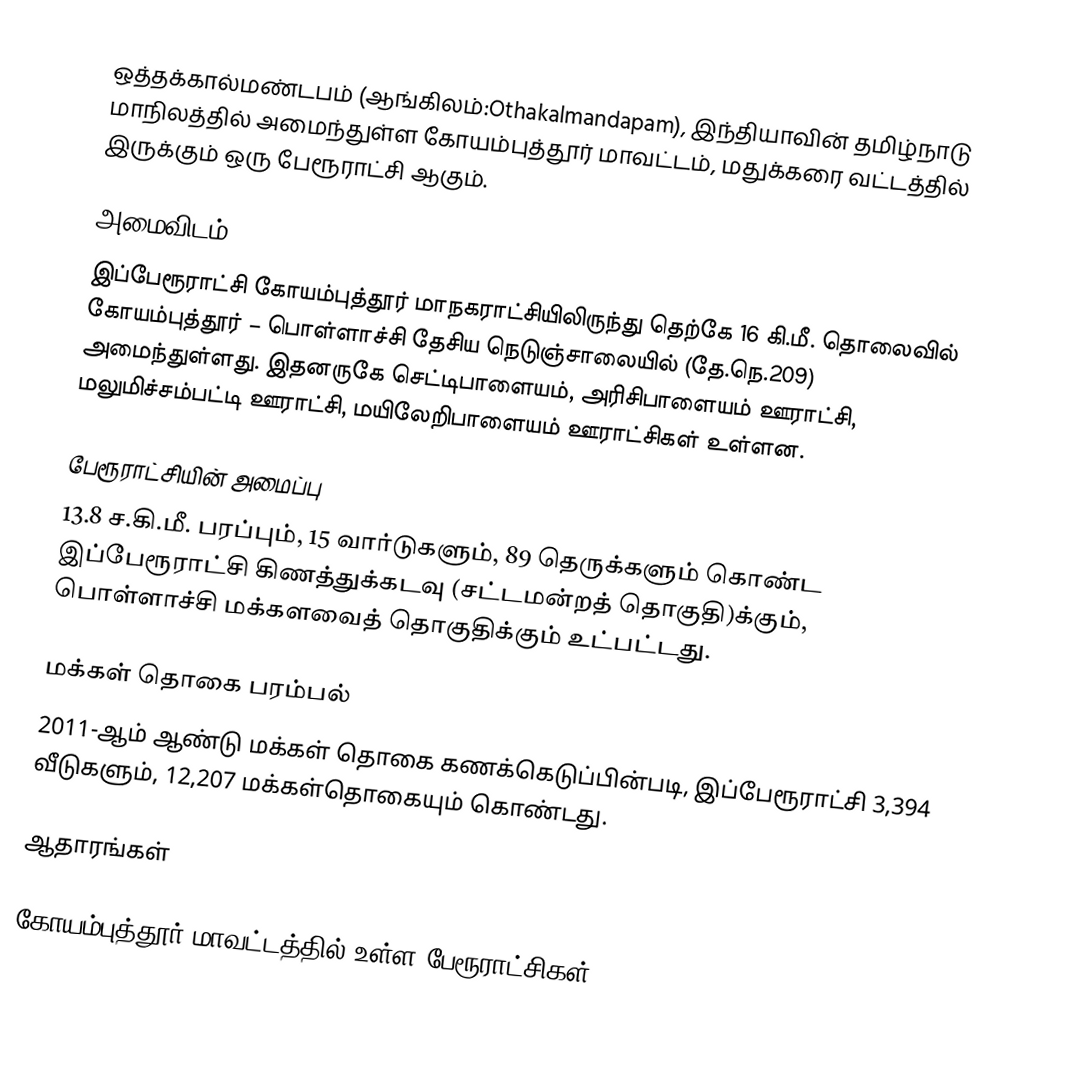
ஒத்தக்கால்மண்டபம் (ஆங்கிலம்:Othakalmandapam), இந்தியாவின் தமிழ்நாடு மாநிலத்தில் அமைந்துள்ள கோயம்புத்தூர் மாவட்டம், மதுக்கரை வட்டத்தில் இருக்கும் ஒரு பேரூராட்சி ஆகும்.

அமைவிடம்
இப்பேரூராட்சி கோயம்புத்தூர் மாநகராட்சியிலிருந்து தெற்கே 16 கி.மீ. தொலைவில் கோயம்புத்தூர் – பொள்ளாச்சி தேசிய நெடுஞ்சாலையில் (தே.நெ.209) அமைந்துள்ளது. இதனருகே செட்டிபாளையம், அரிசிபாளையம் ஊராட்சி, மலுமிச்சம்பட்டி ஊராட்சி, மயிலேறிபாளையம் ஊராட்சிகள் உள்ளன.

பேரூராட்சியின் அமைப்பு
13.8 ச.கி.மீ. பரப்பும், 15 வார்டுகளும், 89 தெருக்களும்  கொண்ட இப்பேரூராட்சி  கிணத்துக்கடவு (சட்டமன்றத் தொகுதி)க்கும், பொள்ளாச்சி மக்களவைத் தொகுதிக்கும் உட்பட்டது.

மக்கள் தொகை பரம்பல்
2011-ஆம் ஆண்டு மக்கள் தொகை கணக்கெடுப்பின்படி,  இப்பேரூராட்சி 3,394 வீடுகளும், 12,207 மக்கள்தொகையும் கொண்டது.

ஆதாரங்கள்

கோயம்புத்தூர் மாவட்டத்தில் உள்ள பேரூராட்சிகள்